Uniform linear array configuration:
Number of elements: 8
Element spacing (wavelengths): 1
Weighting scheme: hann
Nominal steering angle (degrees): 0
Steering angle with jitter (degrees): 0.6883
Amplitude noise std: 0.05
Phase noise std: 0.05

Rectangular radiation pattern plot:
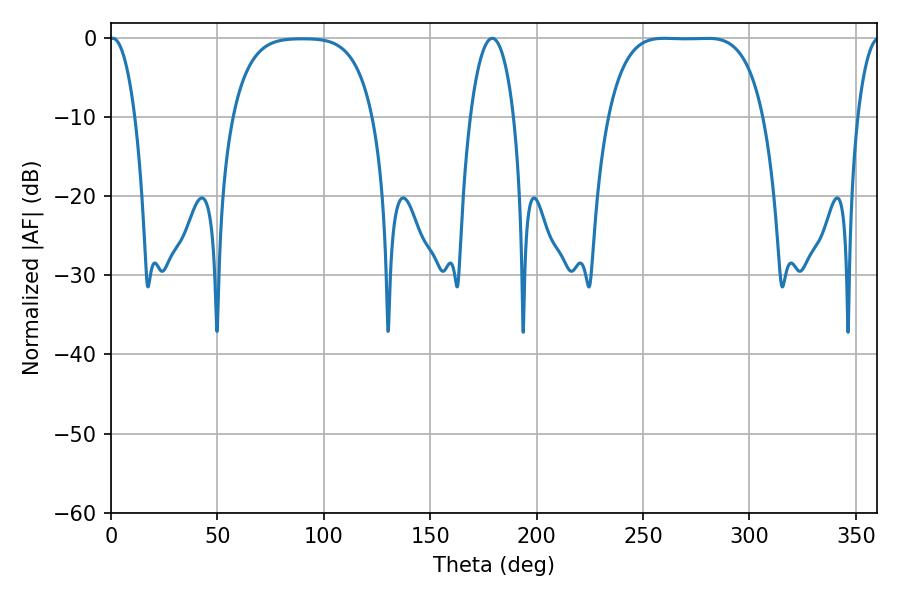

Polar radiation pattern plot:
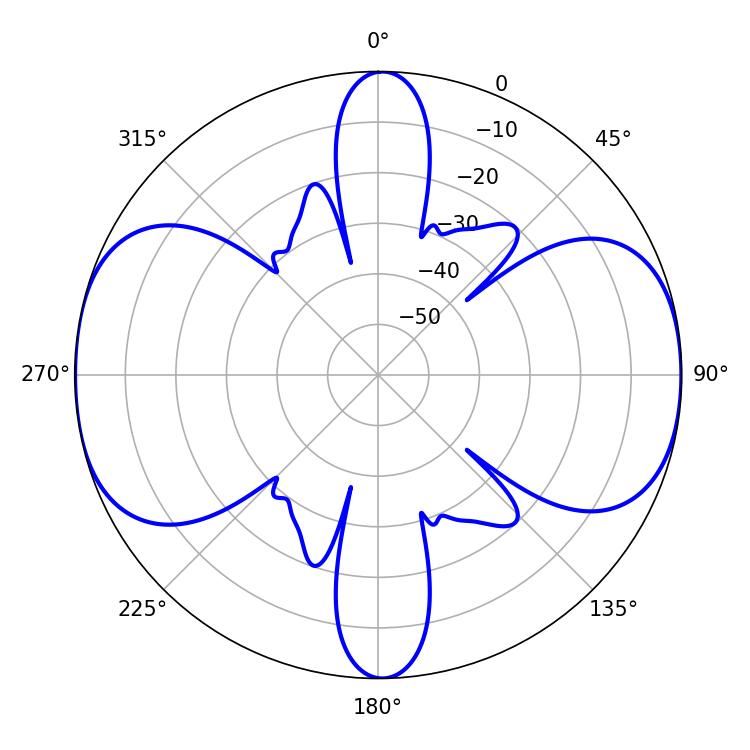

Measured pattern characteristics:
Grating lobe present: TRUE
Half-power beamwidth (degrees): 55.8
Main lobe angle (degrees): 260.1